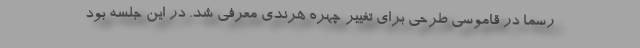
رسما در قاموسي طرحي براي تغيير چهره هرندي معرفي شد. در اين جلسه بود